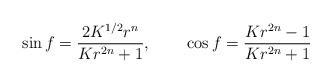
LaTeX: \begin{align*}\sin f=\frac{2K^{1/2}r^n}{Kr^{2n}+1},~~~~~~\cos f=\frac{Kr^{2n}-1}{Kr^{2n}+1}\end{align*}